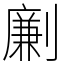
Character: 劆